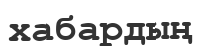
хабардың